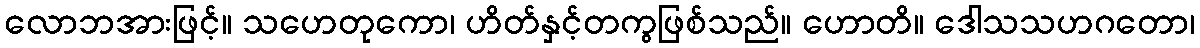
လောဘအားဖြင့်။ သဟေတုကော၊ ဟိတ်နှင့်တကွဖြစ်သည်။ ဟောတိ။ ဒေါသသဟဂတော၊